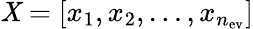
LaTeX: \mathit{X}=[x_{1},x_{2},\dotsc,x_{n_{\mathrm{{ev}}}}]